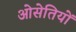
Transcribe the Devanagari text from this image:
ओसेतियों